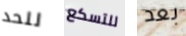
للحد للتسكع بعد